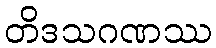
တိဒသဂဏဿ